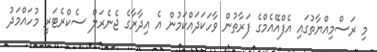
މި ރަސްމިއްޔާތުގައި އެފްއޭއެމްގެ ފަރާތުން ވާހަކަދައްކަމުން އެ އިދާރާގެ ޖެނެރަލް ސެކްރެޓަރީ މުހައްމަދު